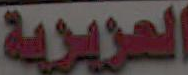
الحريرية